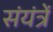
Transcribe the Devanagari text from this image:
संयंत्रें